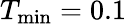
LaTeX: T_{\mathrm{min}}=0.1